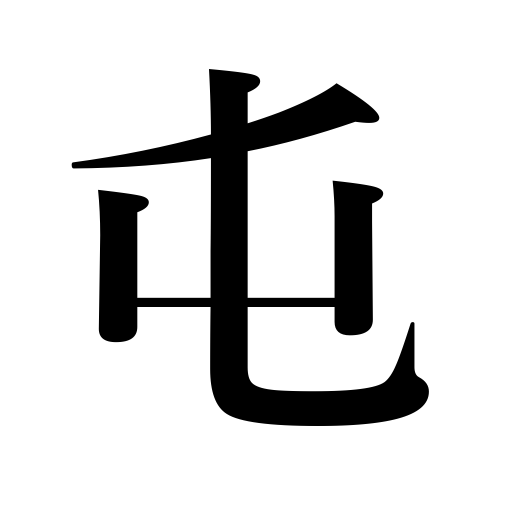
Meanings: police station,camp